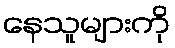
နေသူများကို